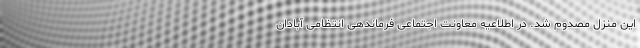
این منزل مصدوم شد. در اطلاعیه معاونت اجتماعی فرماندهی انتظامی آبادان